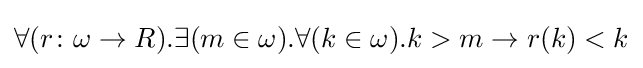
\forall (r\colon \omega \to R).\exists (m\in \omega ).\forall (k\in \omega ).k>m\to r(k)<k